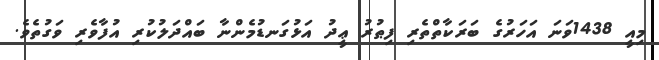
މިއީ 1438ވަނަ އަހަރުގެ ބަރަކާތްތެރި ފިޠުރު ޢީދު އަޅުގަނޑުމެންނާ ބައްދަލުކުރި އުފާވެރި ވަގުތެވެ.